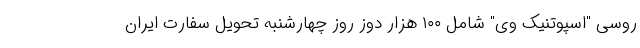
روسی "اسپوتنیک وی" شامل ۱۰۰ هزار دوز روز چهارشنبه تحویل سفارت ایران